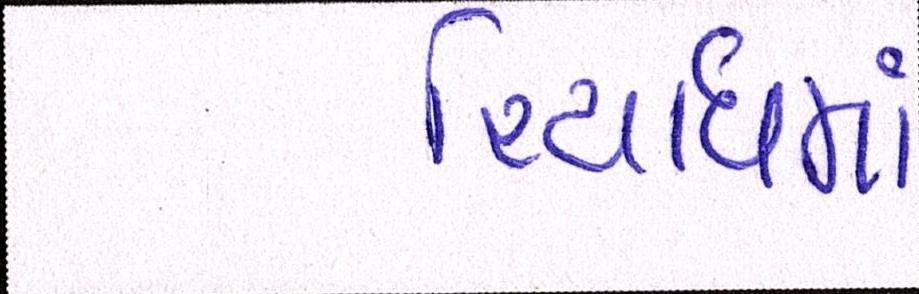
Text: રિયાધમાં